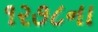
૧૨૭૮ના